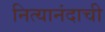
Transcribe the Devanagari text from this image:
नित्यानंदाची